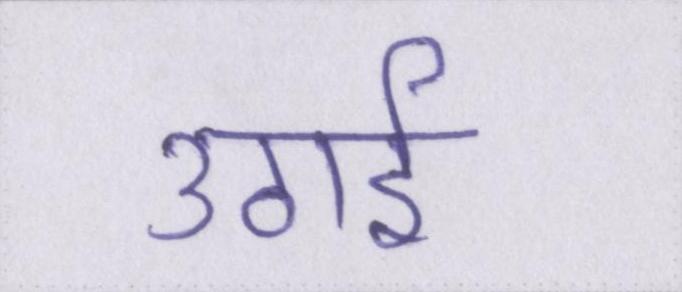
उठाई